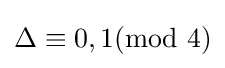
\Delta \equiv 0,1(\mathrm {mod} \,\,4)